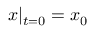
{ \boldsymbol { x } } | _ { t = 0 } = { \boldsymbol { x } } _ { 0 }